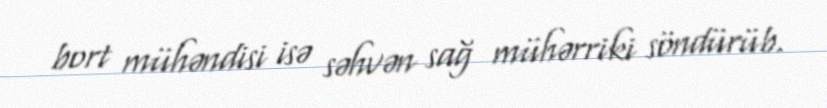
bort mühəndisi isə səhvən sağ mühərriki söndürüb.